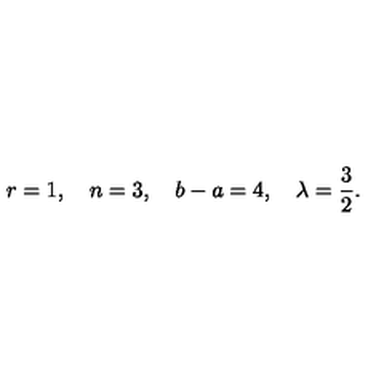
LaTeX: r = 1 , \quad n = 3 , \quad b - a = 4 , \quad \lambda = \frac { 3 } { 2 } .